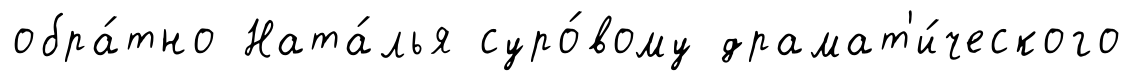
обра́тно Ната́лья суро́вому драмат'и́ческого